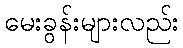
မေးခွန်းများလည်း